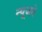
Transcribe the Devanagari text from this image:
न्यूजने